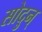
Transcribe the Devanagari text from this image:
सोदुन्